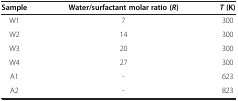
| Sample | Water/surfactant molar ratio (R) | T (K) |
 | --- | --- | --- |
 | W1 | 7 | 300 |
 | W2 | 14 | 300 |
 | W3 | 20 | 300 |
 | W4 | 27 | 300 |
 | A1 | - | 623 |
 | A2 | - | 823 |